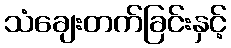
သံချေးတက်ခြင်းနှင့်